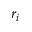
r _ { i }